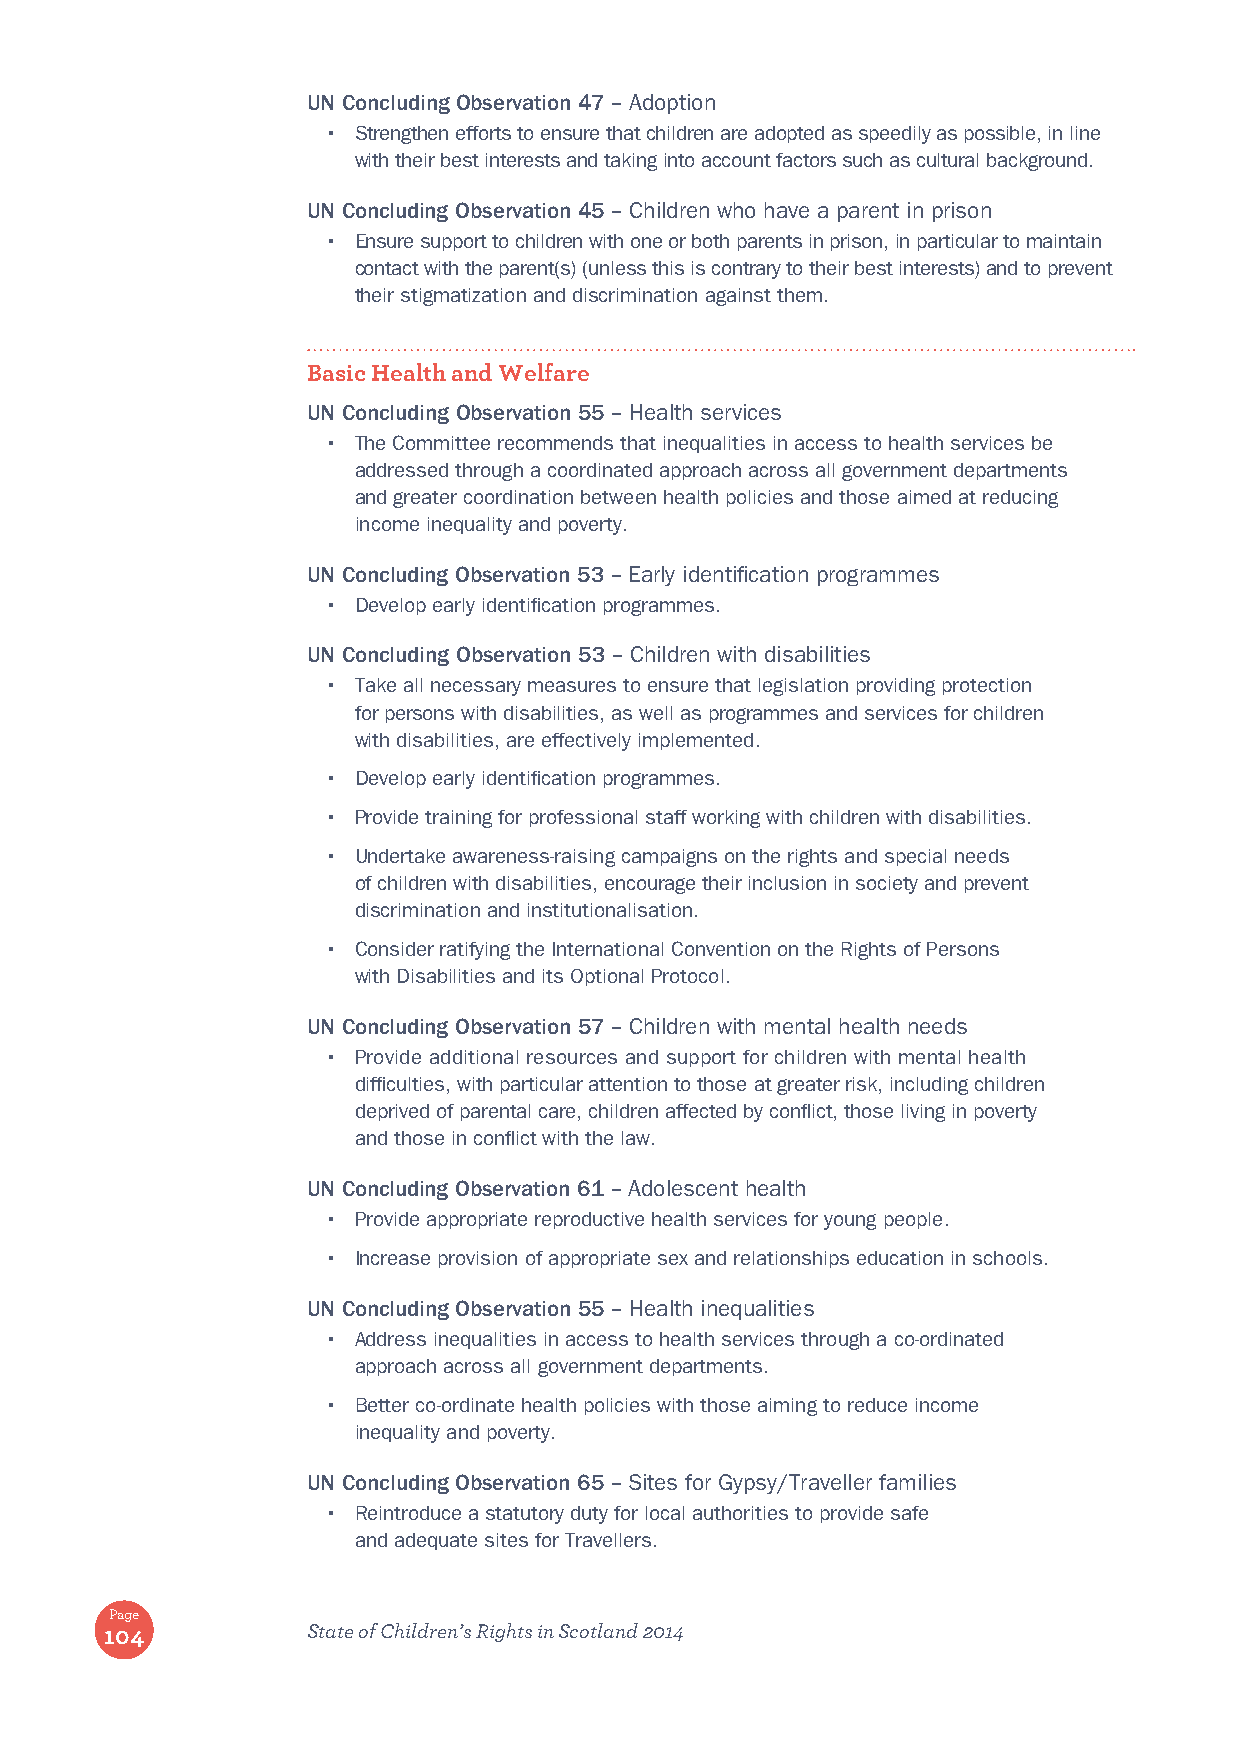
UN Concluding Observation 47 – Adoption
 • Strengthen efforts to ensure that children are adopted as speedily as possible, in line
 with their best interests and taking into account factors such as cultural background.
 UN Concluding Observation 45 – Children who have a parent in prison
 • Ensure support to children with one or both parents in prison, in particular to maintain
 contact with the parent(s) (unless this is contrary to their best interests) and to prevent
 their stigmatization and discrimination against them.
 Basic Health and Welfare
 UN Concluding Observation 55 – Health services
 • The Committee recommends that inequalities in access to health services be
 addressed through a coordinated approach across all government departments
 and greater coordination between health policies and those aimed at reducing
 income inequality and poverty.
 UN Concluding Observation 53 – Early identification programmes
 • Develop early identification programmes.
 UN Concluding Observation 53 – Children with disabilities
 • Take all necessary measures to ensure that legislation providing protection
 for persons with disabilities, as well as programmes and services for children
 with disabilities, are effectively implemented.
 • Develop early identification programmes.
 • Provide training for professional staff working with children with disabilities.
 • Undertake awareness-raising campaigns on the rights and special needs
 of children with disabilities, encourage their inclusion in society and prevent
 discrimination and institutionalisation.
 • Consider ratifying the International Convention on the Rights of Persons
 with Disabilities and its Optional Protocol.
 UN Concluding Observation 57 – Children with mental health needs
 • Provide additional resources and support for children with mental health
 difficulties, with particular attention to those at greater risk, including children
 deprived of parental care, children affected by conflict, those living in poverty
 and those in conflict with the law.
 UN Concluding Observation 61 – Adolescent health
 • Provide appropriate reproductive health services for young people.
 • Increase provision of appropriate sex and relationships education in schools.
 UN Concluding Observation 55 – Health inequalities
 • Address inequalities in access to health services through a co-ordinated
 approach across all government departments.
 • Better co-ordinate health policies with those aiming to reduce income
 inequality and poverty.
 UN Concluding Observation 65 – Sites for Gypsy/Traveller families
 • Reintroduce a statutory duty for local authorities to provide safe
 and adequate sites for Travellers.
 Page
 104          State of Children’s Rights in Scotland 2014